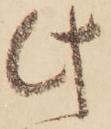
此